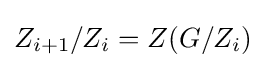
Z_{i+1}/Z_{i}=Z(G/Z_{i})